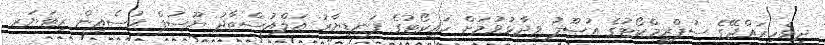
ދިވެހިރައްޖޭގެ ސުޕްރީމްކޯޓުގެ އުޞޫލު ވިދާޅުވުމަށް ހައިކޯޓުގެ ފަނޑިޔާރު އަލްއުސްތާޛު ޔޫސުފް ޙުސެއިން ރިޓަޔަރ